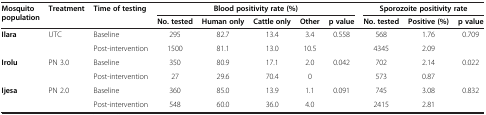
<table><thead><tr><td><b>Mosquito population</b></td><td><b>Treatment</b></td><td><b>Time of testing</b></td><td colspan="5"><b>Blood positivity rate (%)</b></td><td colspan="3"><b>Sporozoite positivity rate</b></td></tr><tr><td><b> </b></td><td><b> </b></td><td><b> </b></td><td><b>No. tested</b></td><td><b>Human only</b></td><td><b>Cattle only</b></td><td><b>Other</b></td><td><b>p value</b></td><td><b>No. tested</b></td><td><b>Positive (%)</b></td><td><b>p value</b></td></tr></thead><tbody><tr><td rowspan="2"><b>Ilara</b></td><td rowspan="2">UTC</td><td>Baseline</td><td>295</td><td>82.7</td><td>13.4</td><td>3.4</td><td rowspan="2">0.558</td><td>568</td><td>1.76</td><td rowspan="2">0.709</td></tr><tr><td>Post-intervention</td><td>1500</td><td>81.1</td><td>13.0</td><td>10.5</td><td>4345</td><td>2.09</td></tr><tr><td rowspan="2"><b>Irolu</b></td><td rowspan="2">PN 3.0</td><td>Baseline</td><td>350</td><td>80.9</td><td>17.1</td><td>2.0</td><td>0.042</td><td>702</td><td>2.14</td><td>0.022</td></tr><tr><td>Post-intervention</td><td>27</td><td>29.6</td><td>70.4</td><td>0</td><td> </td><td>573</td><td>0.87</td><td> </td></tr><tr><td><b>Ijesa</b></td><td>PN 2.0</td><td>Baseline</td><td>360</td><td>85.0</td><td>13.9</td><td>1.1</td><td>0.091</td><td>745</td><td>3.08</td><td>0.832</td></tr><tr><td> </td><td> </td><td>Post-intervention</td><td>548</td><td>60.0</td><td>36.0</td><td>4.0</td><td> </td><td>2415</td><td>2.81</td><td> </td></tr></tbody></table>